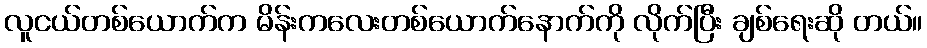
လူငယ်တစ်ယောက်က မိန်းကလေးတစ်ယောက်နောက်ကို လိုက်ပြီး ချစ်ရေးဆို တယ်။